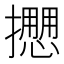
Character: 𢷝